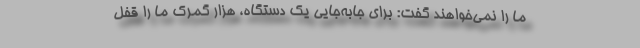
ما را نمی‌خواهند گفت: برای جابه‌جایی یک دستگاه، هزار گمرک ما را قفل